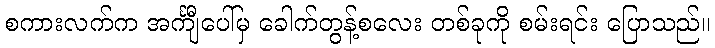
စကားလက်က အင်္ကျီပေါ်မှ ခေါက်တွန့်စလေး တစ်ခုကို စမ်းရင်း ပြောသည်။